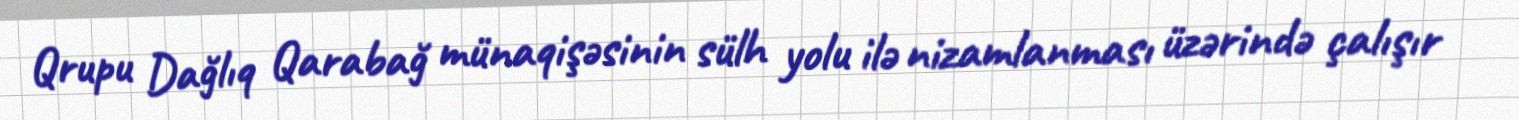
Qrupu Dağlıq Qarabağ münaqişəsinin sülh yolu ilə nizamlanması üzərində çalışır